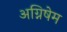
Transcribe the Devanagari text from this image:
अग्निषेम